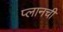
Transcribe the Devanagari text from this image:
प्लानची